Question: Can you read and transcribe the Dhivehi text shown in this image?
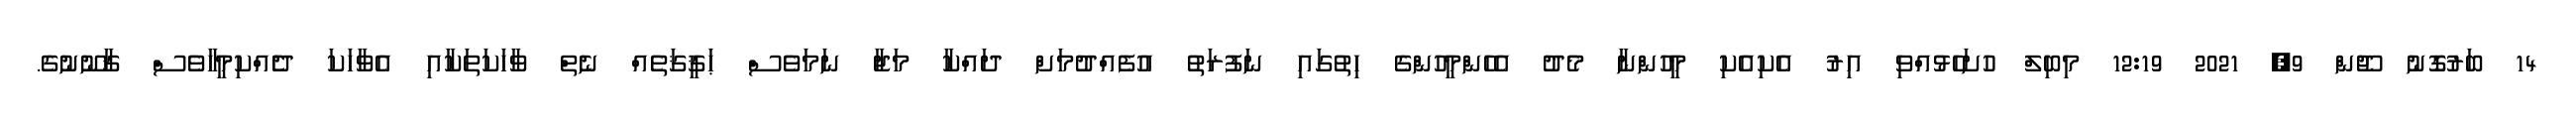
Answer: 14 ބަރުގޮނު ޖޫން 9, 2021 12:19 މިބިލް ހުށަހެޅުއްވި އިރު އެކިއެކި މީހުންނާ މެދު އެހެންމީހުންގެ ހިތުގައި ނަފުރަތު އުފެއްދުމަށް ދައްކާ މަޖާ ނަމަވެސް ޙަޤީޤަތެއް ނެތް ވާހަކަތަކާއި އެވާހަކަ ދެެއްކިމީހާވެސް ޤާނޫނުގެ.